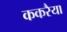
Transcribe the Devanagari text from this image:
ककरैया